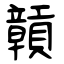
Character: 贑